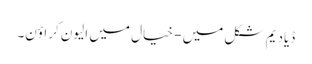
ڈیادیم شکل میں - خیال میں الیون کراؤن۔